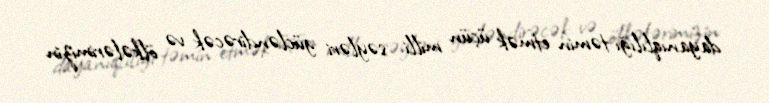
dayanıqlılığı təmin etmək üçün milli səyləri gücləndirəcək və ölkələrimizin